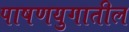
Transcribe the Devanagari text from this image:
पाषणयुगातील